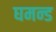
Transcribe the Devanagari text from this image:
घमन्ड